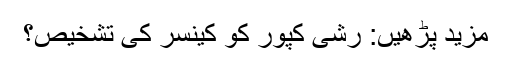
مزید پڑھیں: رشی کپور کو کینسر کی تشخیص؟